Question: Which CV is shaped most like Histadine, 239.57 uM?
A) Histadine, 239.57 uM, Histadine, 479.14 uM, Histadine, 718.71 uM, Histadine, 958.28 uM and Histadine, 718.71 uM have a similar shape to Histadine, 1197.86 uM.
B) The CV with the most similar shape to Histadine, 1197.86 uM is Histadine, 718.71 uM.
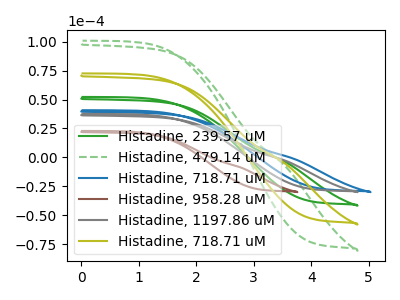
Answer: <think>The green curve "Histadine, 239.57 uM" has no peaks. The green dashed curve "Histadine, 479.14 uM" has no peaks. The blue curve "Histadine, 718.71 uM" has no peaks. The brown curve "Histadine, 958.28 uM" has no peaks. The gray curve "Histadine, 1197.86 uM" has no peaks. The olive curve "Histadine, 718.71 uM" has no peaks.
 Neither "Histadine, 239.57 uM" or "Histadine, 479.14 uM" have any peaks. Neither "Histadine, 239.57 uM" or "Histadine, 718.71 uM" have any peaks. Neither "Histadine, 239.57 uM" or "Histadine, 958.28 uM" have any peaks. Neither "Histadine, 239.57 uM" or "Histadine, 1197.86 uM" have any peaks. Neither "Histadine, 239.57 uM" or "Histadine, 718.71 uM" have any peaks. Neither "Histadine, 479.14 uM" or "Histadine, 718.71 uM" have any peaks. Neither "Histadine, 479.14 uM" or "Histadine, 958.28 uM" have any peaks. Neither "Histadine, 479.14 uM" or "Histadine, 1197.86 uM" have any peaks. Neither "Histadine, 479.14 uM" or "Histadine, 718.71 uM" have any peaks. Neither "Histadine, 718.71 uM" or "Histadine, 958.28 uM" have any peaks. Neither "Histadine, 718.71 uM" or "Histadine, 1197.86 uM" have any peaks. Neither "Histadine, 718.71 uM" or "Histadine, 718.71 uM" have any peaks. Neither "Histadine, 958.28 uM" or "Histadine, 1197.86 uM" have any peaks. Neither "Histadine, 958.28 uM" or "Histadine, 718.71 uM" have any peaks. Neither "Histadine, 1197.86 uM" or "Histadine, 718.71 uM" have any peaks.</think>
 <answer>A) "Histadine, 239.57 uM", "Histadine, 479.14 uM", "Histadine, 718.71 uM", "Histadine, 958.28 uM" and "Histadine, 718.71 uM" have a similar shape to "Histadine, 1197.86 uM".</answer>
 <eval>A</eval>